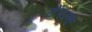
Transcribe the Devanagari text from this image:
टेंपल्स